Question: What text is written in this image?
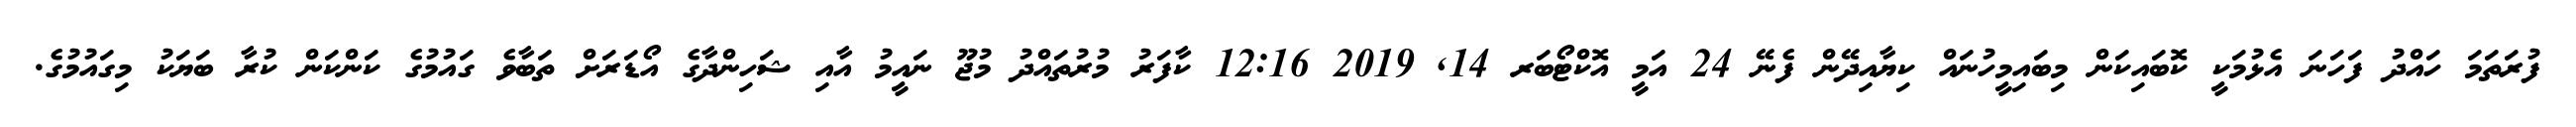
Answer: ފުރަތަމަ ހައްދު ފަހަނަ އެޅުމަކީ ކޮބައިކަން މިބައިމީހުނައް ކިޔާއިދޭން ފެނޭ 24 އަމީ އޮކްޓޯބަރ 14, 2019 12:16 ކާފަރު މުރުތައްދު މުޖޫ ނައީމު އާއި ޝަހިންދާގެ އޯޑަރަށް ތަބާވެ ގައުމުގެ ކަންކަން ކުރާ ބަޔަކު މިގައުމުގެ.